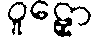
ဝူဠှော